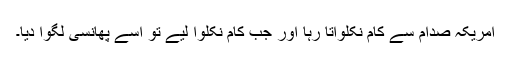
امریکہ صدام سے کام نکلواتا رہا اور جب کام نکلوا لیے تو اسے پھانسی لگوا دیا۔